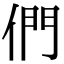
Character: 們